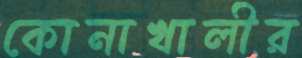
কোনাখালীর